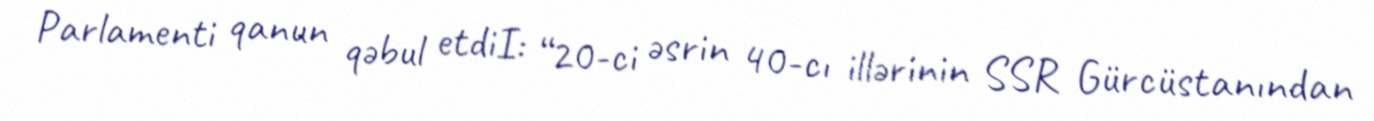
Parlamenti qanun qəbul etdiI: “20-ci əsrin 40-cı illərinin SSR Gürcüstanından